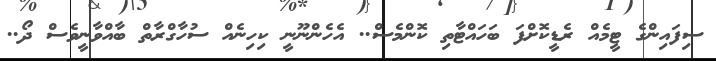
ސިފައިންގެ ޓީމެއް ރެޑީކޮށްފަ ބަހައްޓާތި ކޮންމެސް.. އެހެންނޫނީ ކިހިނެއް ސުހާގްރާތް ބާއްވާނީވެސް ދޯ..